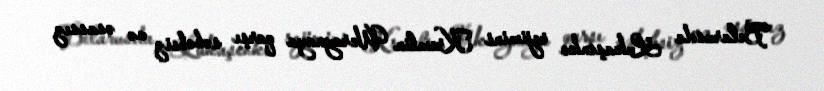
Belarusda Lukaşenko rejimini Kremlin Ukraynaya qarşı səbəbsiz və əsassız